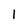
Character: 1